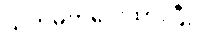
သတ်မှတ်ပေးထားပြီး